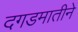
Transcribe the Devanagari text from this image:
दगडमातीने